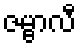
ဇမ္ဗာလီ